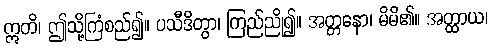
ဣတိ၊ ဤသို့ကြံစည်၍။ ပသီဒိတွာ၊ ကြည်ညို၍။ အတ္တနော၊ မိမိ၏။ အတ္ထာယ၊